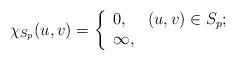
LaTeX: \begin{align*} \chi_{S_{p}}(u,v) = \left\{\begin{array}{ll}0, & (u,v) \in S_{p};\\\infty, & \\\end{array}\right.\end{align*}